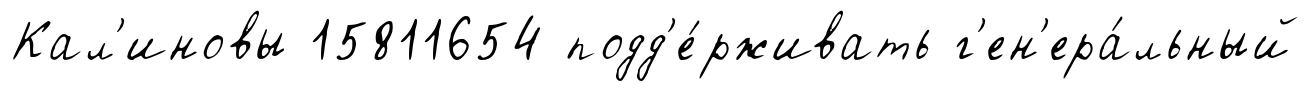
Кал'иновы 15811654 подд'е́рживать г'ен'ера́льный